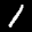
Label: 1